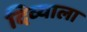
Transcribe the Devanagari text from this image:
दिव्याला